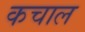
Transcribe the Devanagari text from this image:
कचाल